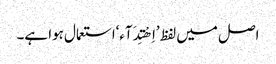
اصل میں لفظ ’اِھْتِدَآء‘استعمال ہوا ہے۔